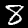
Digit: 8